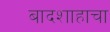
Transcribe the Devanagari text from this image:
बादशाहाचा